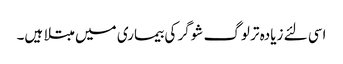
اسی لئے زیادہ تر لوگ شوگر کی بیماری میں مبتلا ہیں۔